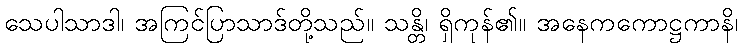
သေပါသာဒါ၊ အကြင်ပြာသာဒ်တို့သည်။ သန္တိ၊ ရှိကုန်၏။ အနေကကောဋ္ဌကာနိ၊